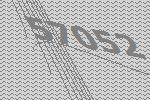
57052